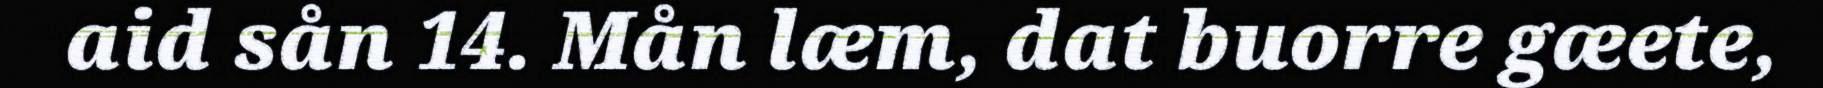
aid sån 14. Mån læm, dat buorre gæete,